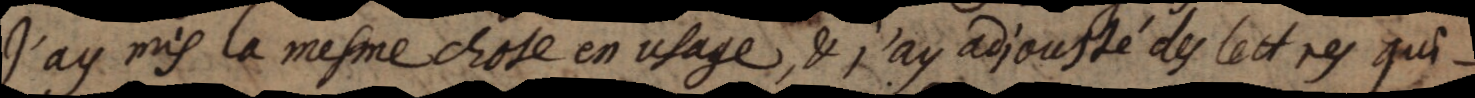
J’ay mis la mesme chose en usage, & j’ay adjousté des lettres qui